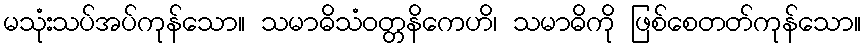
မသုံးသပ်အပ်ကုန်သော။ သမာဓိသံဝတ္တနိကေဟိ၊ သမာဓိကို ဖြစ်စေတတ်ကုန်သော။